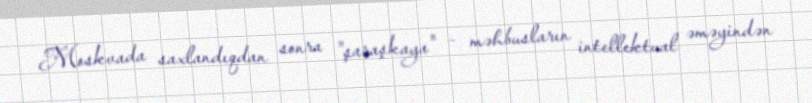
Moskvada saxlandıqdan sonra "şaraşkaya" – məhbusların intellektual əməyindən